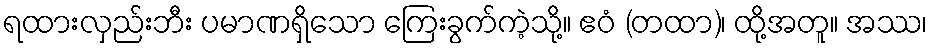
ရထားလှည်းဘီး ပမာဏရှိသော ကြေးခွက်ကဲ့သို့။ ဧဝံ (တထာ)၊ ထို့အတူ။ အဿ၊